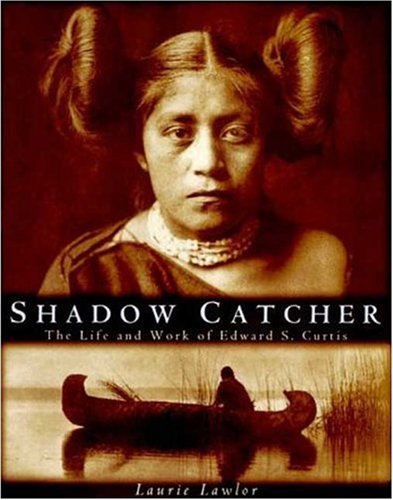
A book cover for Shadow Catcher: The Life and Work of Edward S. Curtis; Laurie Lawlor; Teen & Young Adult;